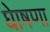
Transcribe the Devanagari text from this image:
घेाषणा